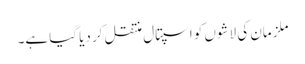
ملزمان کی لاشوں کو اسپتال منتقل کر دیا گیا ہے۔